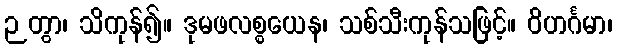
ဉတွာ၊ သိကုန်၍။ ဒုမဖလစ္စယေန၊ သစ်သီးကုန်သဖြင့်။ ဝိဟင်္ဂမာ၊